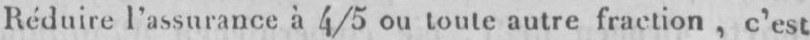
Réduire l’assurance à 4/5 ou toute autre fraction, c’est